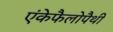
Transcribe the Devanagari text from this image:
एंकेफैलोपैथी